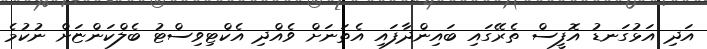
އަދި އަޅުގަނޑު އޮފީސް ތެރޭގައި ބައިންދާފައި އެތަނަށް ވެއްދި އެކްޓިވިސްޓު ބެލްކަންޏަށް ނުކުމެ